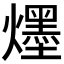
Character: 爅